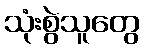
သုံးစွဲသူတွေ